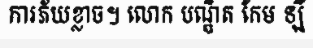
ការភ័យខ្លាច។ លោក បណ្ឌិត កែម ឡី